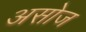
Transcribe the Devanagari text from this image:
असोज